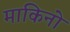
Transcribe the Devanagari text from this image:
माकिनो